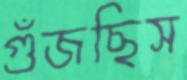
গুঁজছিস